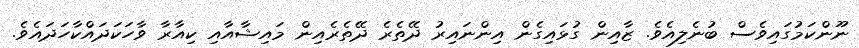
ނޫންކަމުގައިވެސް ބުނެލިއެވެ. ޒާއިން ގުޅައިގެން އިންނައިރު ދޭތެރެ ދޭތެރެއިން މައިޝާއާއި ކިއާރާ ވާހަކަދައްކާހަދައެވެ.